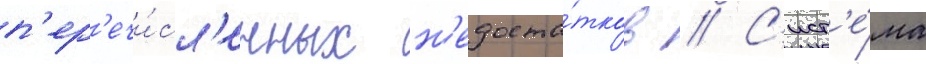
п'ер'ечи́сл'енных н'едоста́тков // С'ист'е́ма